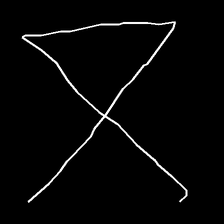
Glyph: collection